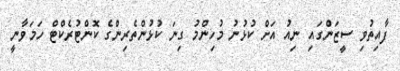
ފާއިތުވި ސީޒަންގައި ނިއު އަށް ކުޅުނު މުހިންމު ގިނަ ކުޅުންތެރިންގެ ކޮންޓުރެކްޓް ހަމަވާނީ